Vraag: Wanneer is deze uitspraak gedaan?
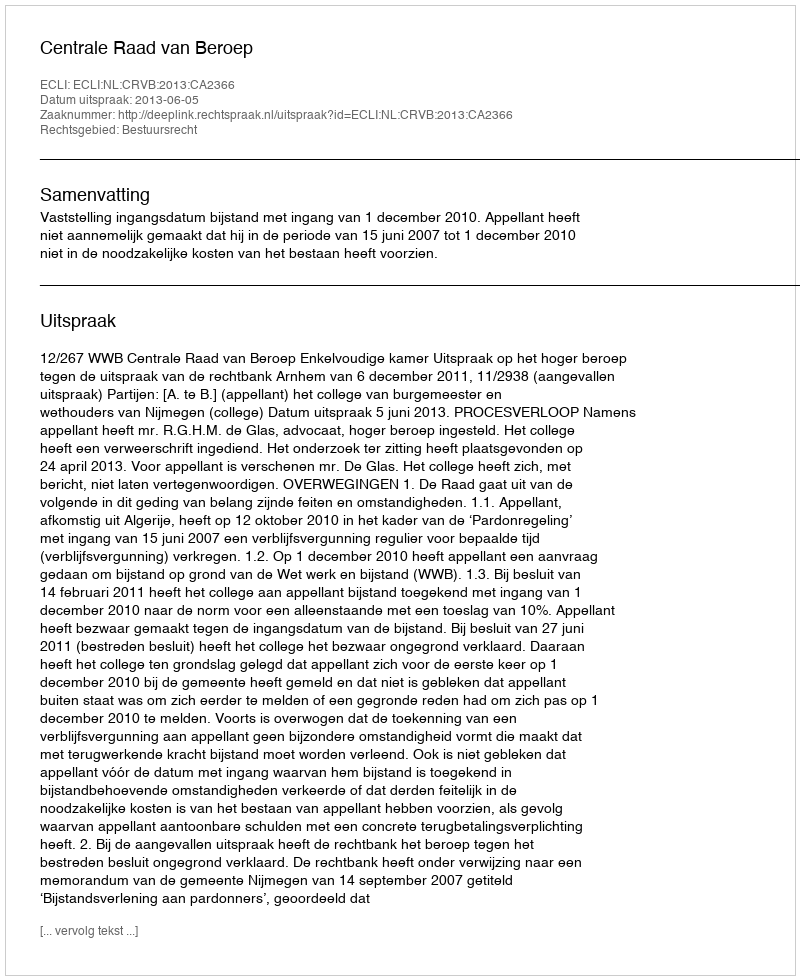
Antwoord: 2013-06-05